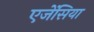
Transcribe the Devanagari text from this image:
एजेंसिया